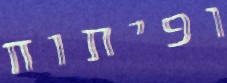
ופיתוח